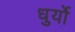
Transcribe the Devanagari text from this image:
धुर्यो